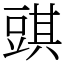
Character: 𧯯